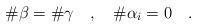
LaTeX: \begin{align*}\#\beta=\#\gamma \quad,\quad \#\alpha_i=0 \quad.\end{align*}